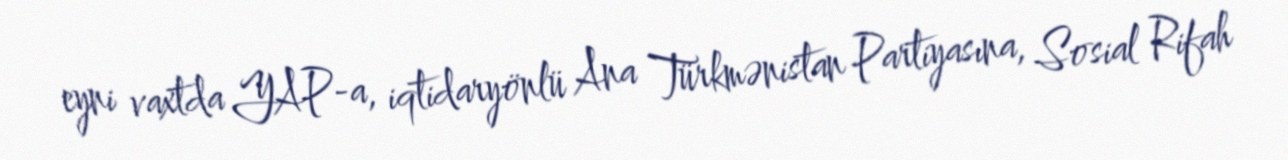
eyni vaxtda YAP-a, iqtidaryönlü Ana Türkmənistan Partiyasına, Sosial Rifah